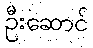
ဦးဆောင်